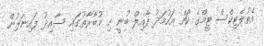
އެތުލެޓިކްސް ޓީމްގެ ކޯޗް އަހުމަދު ފާއިލް ބުނީ މި މުބާރާތުގައި ސާއިދު ފައިނަލުން